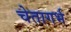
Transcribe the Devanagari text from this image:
चेतागर्भ